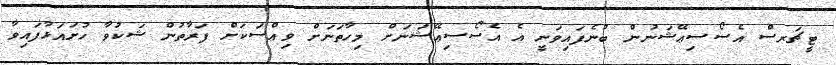
ޓީޗަރސް އެސޯސިޢޭޝަނުން ބުނެފައިވަނީ އެ އެސޯސިޢޭޝަނަށް މިހާތަނަށް ވިއްސަކަަށް ފަރާތުން ޝަކުވާ ހުށައަޅާފައިވާ